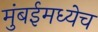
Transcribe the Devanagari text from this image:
मुंबईमध्येच